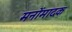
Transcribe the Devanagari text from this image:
मनोंमादक